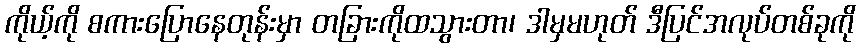
ကိုယ့်ကို စကားပြောနေတုန်းမှာ တခြားကိုထသွားတာ၊ ဒါမှမဟုတ် ဒီပြင်အလုပ်တစ်ခုကို